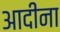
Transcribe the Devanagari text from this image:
आदीना